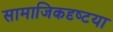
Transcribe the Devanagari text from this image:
सामाजिकदृष्‍टया